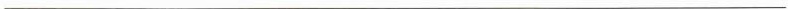
___